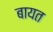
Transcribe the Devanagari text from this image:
बायत